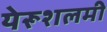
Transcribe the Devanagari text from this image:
येरूशलमी